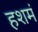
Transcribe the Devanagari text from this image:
हशमं